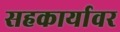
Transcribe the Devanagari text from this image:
सहकार्यावर